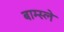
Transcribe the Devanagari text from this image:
बाम्स्ले